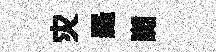
灾羅讟